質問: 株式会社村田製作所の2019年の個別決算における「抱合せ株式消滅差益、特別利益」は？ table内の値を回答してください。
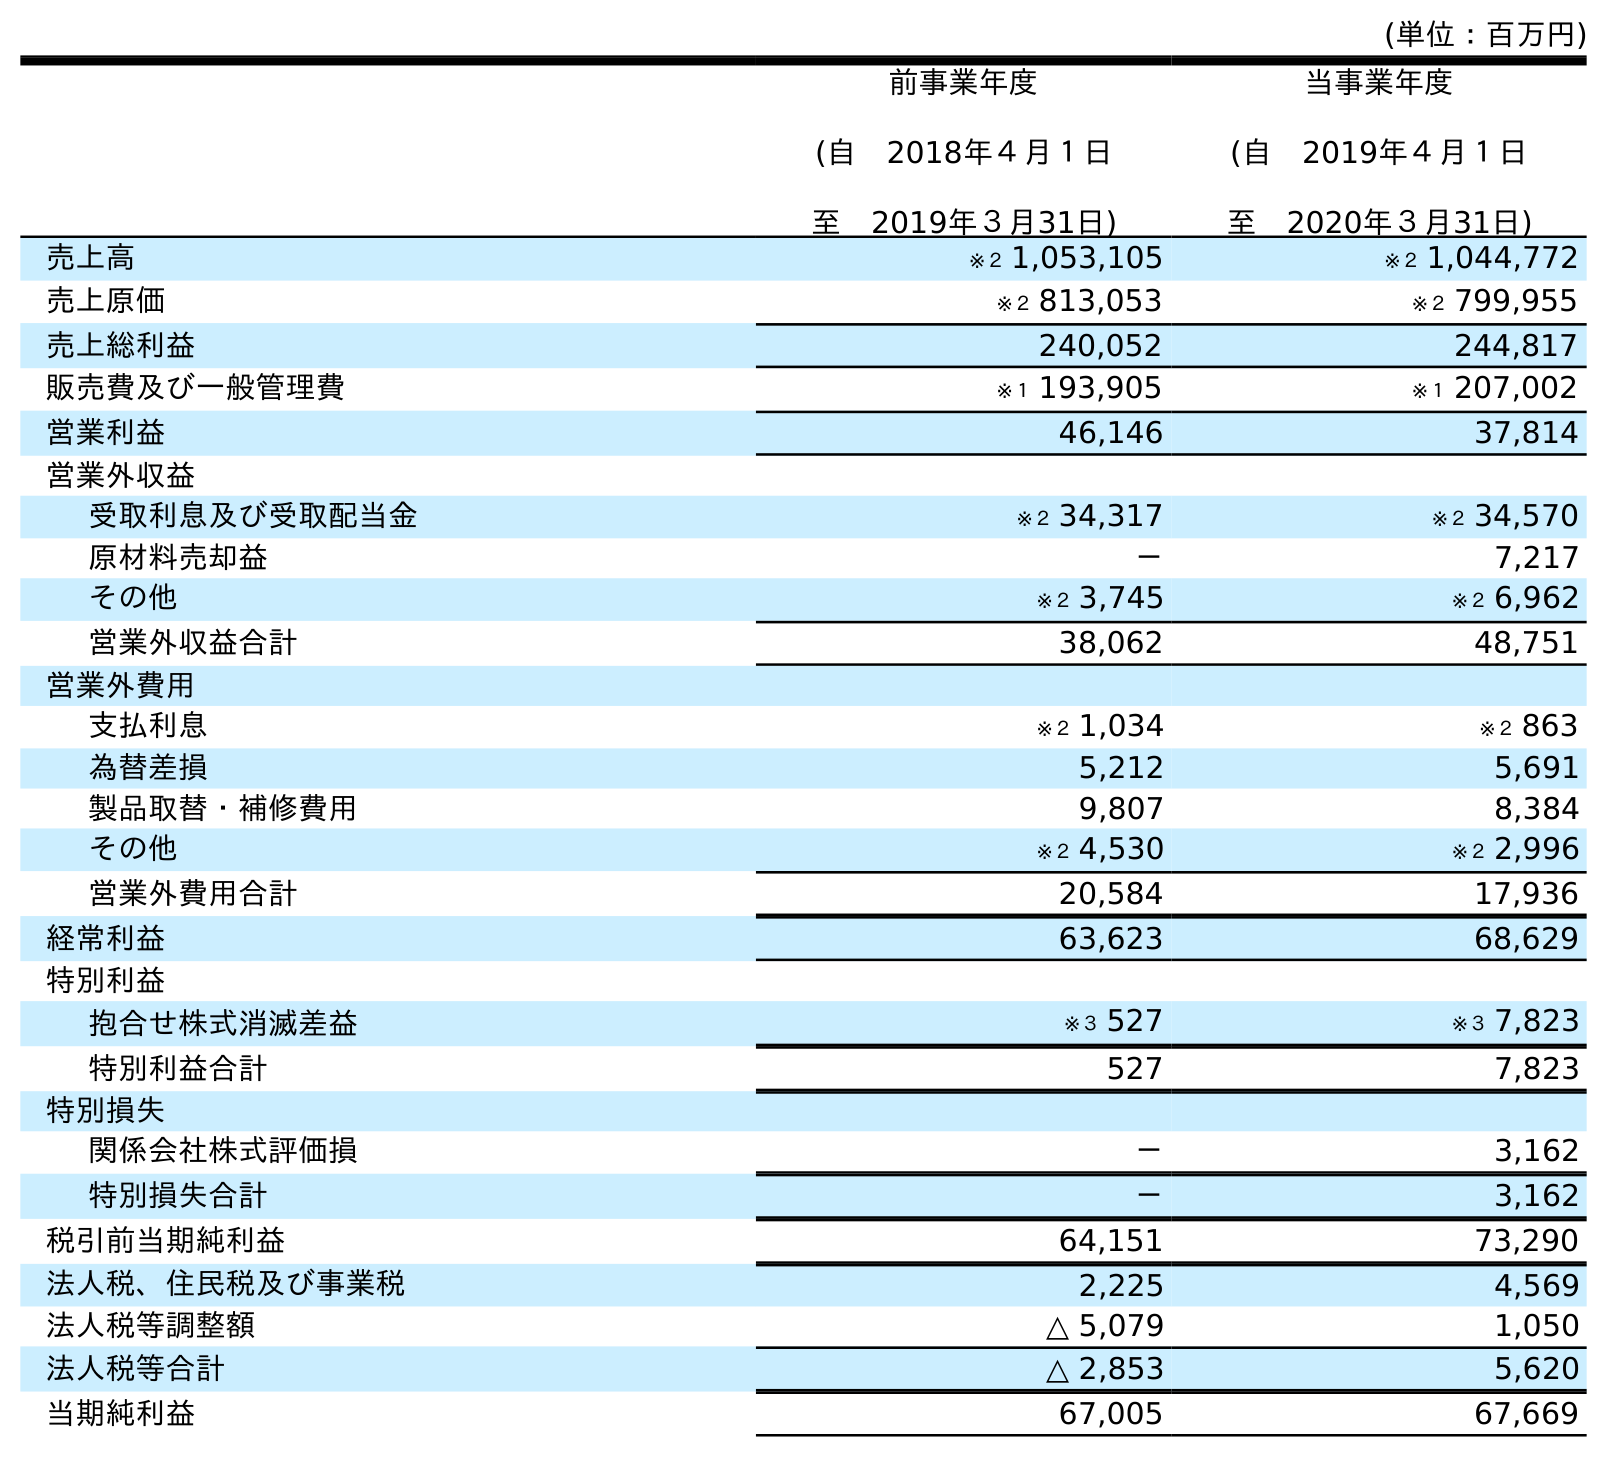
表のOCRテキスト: (単位：百万円) 前事業年度 (自 2018年４月１日 至 2019年３月31日) 当事業年度 (自 2019年４月１日 至 2020年３月31日) 売上高 ※２ 1,053,105 ※２ 1,044,772 売上原価 ※２ 813,053 ※２ 799,955 売上総利益 240,052 244,817 販売費及び一般管理費 ※１ 193,905 ※１ 207,002 営業利益 46,146 37,814 営業外収益 受取利息及び受取配当金 ※２ 34,317 ※２ 34,570 原材料売却益 － 7,217 その他 ※２ 3,745 ※２ 6,962 営業外収益合計 38,062 48,751 営業外費用 支払利息 ※２ 1,034 ※２ 863 為替差損 5,212 5,691 製品取替・補修費用 9,807 8,384 その他 ※２ 4,530 ※２ 2,996 営業外費用合計 20,584 17,936 経常利益 63,623 68,629 特別利益 抱合せ株式消滅差益 ※３ 527 ※３ 7,823 特別利益合計 527 7,823 特別損失 関係会社株式評価損 － 3,162 特別損失合計 － 3,162 税引前当期純利益 64,151 73,290 法人税、住民税及び事業税 2,225 4,569 法人税等調整額 △ 5,079 1,050 法人税等合計 △ 2,853 5,620 当期純利益 67,005 67,669
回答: ※３527